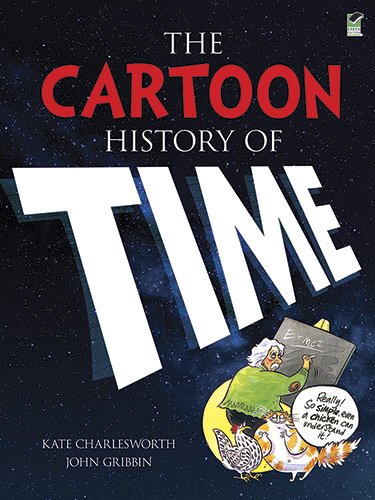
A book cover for The Cartoon History of Time; Kate Charlesworth; Humor & Entertainment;